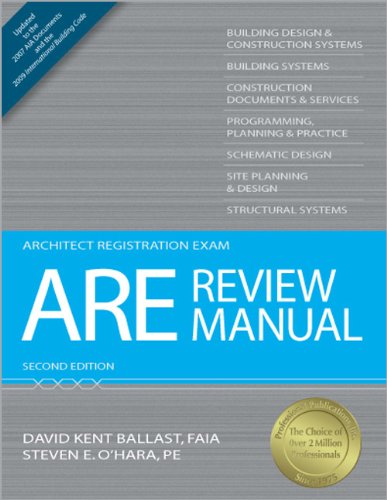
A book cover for ARE Review Manual (Architect Registration Exam); David Kent Ballast; Engineering & Transportation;